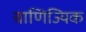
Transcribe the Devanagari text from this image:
वाणिज्यिक